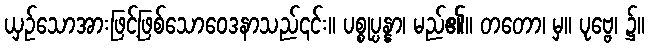
ယှဉ်သောအားဖြင့်ဖြစ်သောဝေဒနာသည်၎င်း။ ပစ္စုပ္ပန္နာ၊ မည်၏။ တတော၊ မှ။ ပုဗ္ဗေ၊ ၌။